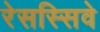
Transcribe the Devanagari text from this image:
रेसस्सिवे